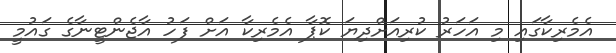
އެމެރިކާގައި މި އަހަރު ކުރިއަށްދިޔަ ކޮޕާ އެމެރިކާ އަށް ފަހު އާޖެންޓީނާގެ ގައުމީ